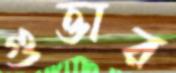
গুত্তার